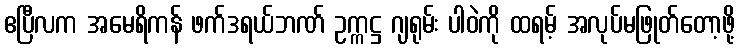
ဧပြီလက အမေရိကန် ဖက်ဒရယ်ဘဏ် ဥက္ကဋ္ဌ ဂျရုမ်း ပါဝဲကို ထရမ့် အလုပ်မဖြုတ်တော့ဖို့